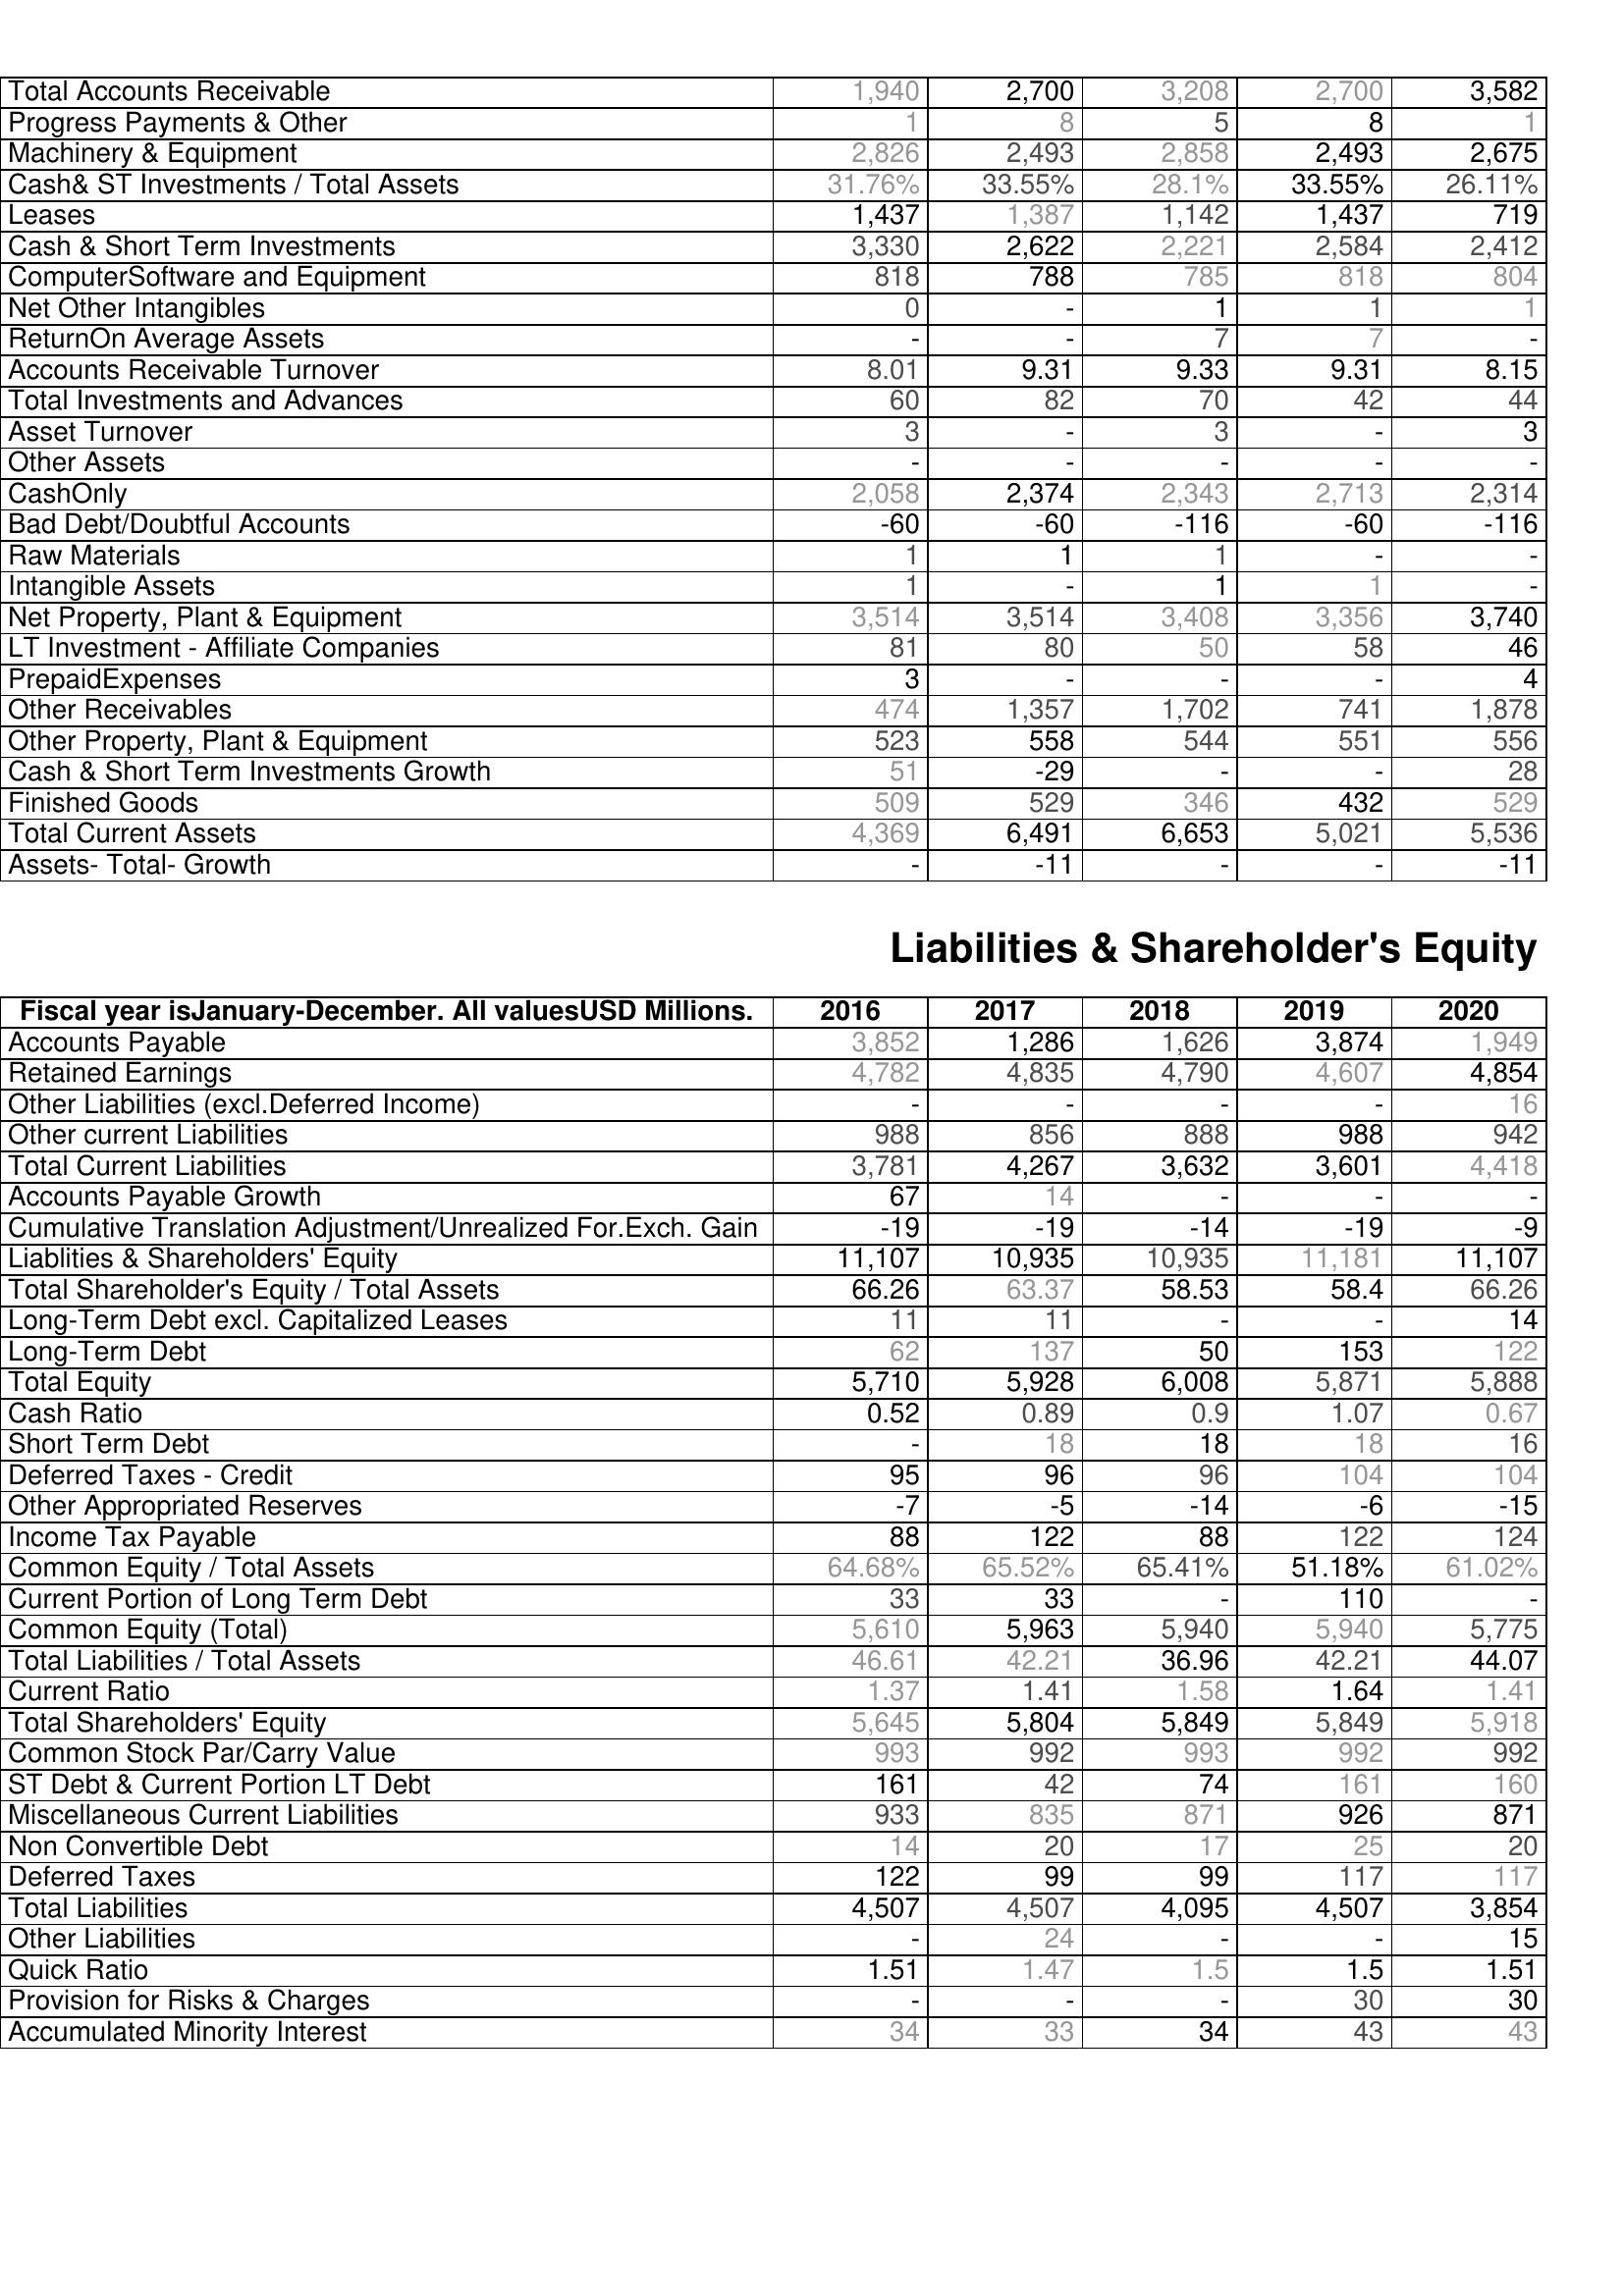
2016: Assets: Total Accounts Receivable: 1,940
Progress Payments & Other: 1
Machinery & Equipment: 2,826
Cash& ST Investments / Total Assets: 31.76%
Leases: 1,437
Cash & Short Term Investments: 3,330
ComputerSoftware and Equipment: 818
Net Other Intangibles: 0
ReturnOn Average Assets: -
Accounts Receivable Turnover: 8.01
Total Investments and Advances: 60
Asset Turnover: 3
Other Assets: -
CashOnly: 2,058
Bad Debt/Doubtful Accounts: -60
Raw Materials: 1
Intangible Assets: 1
Net Property, Plant & Equipment: 3,514
LT Investment - Affiliate Companies: 81
PrepaidExpenses: 3
Other Receivables: 474
Other Property, Plant & Equipment: 523
Cash & Short Term Investments Growth: 51
Finished Goods: 509
Total Current Assets: 4,369
Assets- Total- Growth: -
Liabilities & Shareholder's Equity: Accounts Payable: 3,852
Retained Earnings: 4,782
Other Liabilities (excl.Deferred Income): -
Other current Liabilities: 988
Total Current Liabilities: 3,781
Accounts Payable Growth: 67
Cumulative Translation Adjustment/Unrealized For.Exch. Gain: -19
Liablities & Shareholders' Equity: 11,107
Total Shareholder's Equity / Total Assets: 66.26
Long-Term Debt excl. Capitalized Leases: 11
Long-Term Debt: 62
Total Equity: 5,710
Cash Ratio: 0.52
Short Term Debt: -
Deferred Taxes - Credit: 95
Other Appropriated Reserves: -7
Income Tax Payable: 88
Common Equity / Total Assets: 64.68%
Current Portion of Long Term Debt: 33
Common Equity (Total): 5,610
Total Liabilities / Total Assets: 46.61
Current Ratio: 1.37
Total Shareholders' Equity: 5,645
Common Stock Par/Carry Value: 993
ST Debt & Current Portion LT Debt: 161
Miscellaneous Current Liabilities: 933
Non Convertible Debt: 14
Deferred Taxes: 122
Total Liabilities: 4,507
Other Liabilities: -
Quick Ratio: 1.51
Provision for Risks & Charges: -
Accumulated Minority Interest: 34
2017: Assets: Total Accounts Receivable: 2,700
Progress Payments & Other: 8
Machinery & Equipment: 2,493
Cash& ST Investments / Total Assets: 33.55%
Leases: 1,387
Cash & Short Term Investments: 2,622
ComputerSoftware and Equipment: 788
Net Other Intangibles: -
ReturnOn Average Assets: -
Accounts Receivable Turnover: 9.31
Total Investments and Advances: 82
Asset Turnover: -
Other Assets: -
CashOnly: 2,374
Bad Debt/Doubtful Accounts: -60
Raw Materials: 1
Intangible Assets: -
Net Property, Plant & Equipment: 3,514
LT Investment - Affiliate Companies: 80
PrepaidExpenses: -
Other Receivables: 1,357
Other Property, Plant & Equipment: 558
Cash & Short Term Investments Growth: -29
Finished Goods: 529
Total Current Assets: 6,491
Assets- Total- Growth: -11
Liabilities & Shareholder's Equity: Accounts Payable: 1,286
Retained Earnings: 4,835
Other Liabilities (excl.Deferred Income): -
Other current Liabilities: 856
Total Current Liabilities: 4,267
Accounts Payable Growth: 14
Cumulative Translation Adjustment/Unrealized For.Exch. Gain: -19
Liablities & Shareholders' Equity: 10,935
Total Shareholder's Equity / Total Assets: 63.37
Long-Term Debt excl. Capitalized Leases: 11
Long-Term Debt: 137
Total Equity: 5,928
Cash Ratio: 0.89
Short Term Debt: 18
Deferred Taxes - Credit: 96
Other Appropriated Reserves: -5
Income Tax Payable: 122
Common Equity / Total Assets: 65.52%
Current Portion of Long Term Debt: 33
Common Equity (Total): 5,963
Total Liabilities / Total Assets: 42.21
Current Ratio: 1.41
Total Shareholders' Equity: 5,804
Common Stock Par/Carry Value: 992
ST Debt & Current Portion LT Debt: 42
Miscellaneous Current Liabilities: 835
Non Convertible Debt: 20
Deferred Taxes: 99
Total Liabilities: 4,507
Other Liabilities: 24
Quick Ratio: 1.47
Provision for Risks & Charges: -
Accumulated Minority Interest: 33
2018: Assets: Total Accounts Receivable: 3,208
Progress Payments & Other: 5
Machinery & Equipment: 2,858
Cash& ST Investments / Total Assets: 28.1%
Leases: 1,142
Cash & Short Term Investments: 2,221
ComputerSoftware and Equipment: 785
Net Other Intangibles: 1
ReturnOn Average Assets: 7
Accounts Receivable Turnover: 9.33
Total Investments and Advances: 70
Asset Turnover: 3
Other Assets: -
CashOnly: 2,343
Bad Debt/Doubtful Accounts: -116
Raw Materials: 1
Intangible Assets: 1
Net Property, Plant & Equipment: 3,408
LT Investment - Affiliate Companies: 50
PrepaidExpenses: -
Other Receivables: 1,702
Other Property, Plant & Equipment: 544
Cash & Short Term Investments Growth: -
Finished Goods: 346
Total Current Assets: 6,653
Assets- Total- Growth: -
Liabilities & Shareholder's Equity: Accounts Payable: 1,626
Retained Earnings: 4,790
Other Liabilities (excl.Deferred Income): -
Other current Liabilities: 888
Total Current Liabilities: 3,632
Accounts Payable Growth: -
Cumulative Translation Adjustment/Unrealized For.Exch. Gain: -14
Liablities & Shareholders' Equity: 10,935
Total Shareholder's Equity / Total Assets: 58.53
Long-Term Debt excl. Capitalized Leases: -
Long-Term Debt: 50
Total Equity: 6,008
Cash Ratio: 0.9
Short Term Debt: 18
Deferred Taxes - Credit: 96
Other Appropriated Reserves: -14
Income Tax Payable: 88
Common Equity / Total Assets: 65.41%
Current Portion of Long Term Debt: -
Common Equity (Total): 5,940
Total Liabilities / Total Assets: 36.96
Current Ratio: 1.58
Total Shareholders' Equity: 5,849
Common Stock Par/Carry Value: 993
ST Debt & Current Portion LT Debt: 74
Miscellaneous Current Liabilities: 871
Non Convertible Debt: 17
Deferred Taxes: 99
Total Liabilities: 4,095
Other Liabilities: -
Quick Ratio: 1.5
Provision for Risks & Charges: -
Accumulated Minority Interest: 34
2019: Assets: Total Accounts Receivable: 2,700
Progress Payments & Other: 8
Machinery & Equipment: 2,493
Cash& ST Investments / Total Assets: 33.55%
Leases: 1,437
Cash & Short Term Investments: 2,584
ComputerSoftware and Equipment: 818
Net Other Intangibles: 1
ReturnOn Average Assets: 7
Accounts Receivable Turnover: 9.31
Total Investments and Advances: 42
Asset Turnover: -
Other Assets: -
CashOnly: 2,713
Bad Debt/Doubtful Accounts: -60
Raw Materials: -
Intangible Assets: 1
Net Property, Plant & Equipment: 3,356
LT Investment - Affiliate Companies: 58
PrepaidExpenses: -
Other Receivables: 741
Other Property, Plant & Equipment: 551
Cash & Short Term Investments Growth: -
Finished Goods: 432
Total Current Assets: 5,021
Assets- Total- Growth: -
Liabilities & Shareholder's Equity: Accounts Payable: 3,874
Retained Earnings: 4,607
Other Liabilities (excl.Deferred Income): -
Other current Liabilities: 988
Total Current Liabilities: 3,601
Accounts Payable Growth: -
Cumulative Translation Adjustment/Unrealized For.Exch. Gain: -19
Liablities & Shareholders' Equity: 11,181
Total Shareholder's Equity / Total Assets: 58.4
Long-Term Debt excl. Capitalized Leases: -
Long-Term Debt: 153
Total Equity: 5,871
Cash Ratio: 1.07
Short Term Debt: 18
Deferred Taxes - Credit: 104
Other Appropriated Reserves: -6
Income Tax Payable: 122
Common Equity / Total Assets: 51.18%
Current Portion of Long Term Debt: 110
Common Equity (Total): 5,940
Total Liabilities / Total Assets: 42.21
Current Ratio: 1.64
Total Shareholders' Equity: 5,849
Common Stock Par/Carry Value: 992
ST Debt & Current Portion LT Debt: 161
Miscellaneous Current Liabilities: 926
Non Convertible Debt: 25
Deferred Taxes: 117
Total Liabilities: 4,507
Other Liabilities: -
Quick Ratio: 1.5
Provision for Risks & Charges: 30
Accumulated Minority Interest: 43
2020: Assets: Total Accounts Receivable: 3,582
Progress Payments & Other: 1
Machinery & Equipment: 2,675
Cash& ST Investments / Total Assets: 26.11%
Leases: 719
Cash & Short Term Investments: 2,412
ComputerSoftware and Equipment: 804
Net Other Intangibles: 1
ReturnOn Average Assets: -
Accounts Receivable Turnover: 8.15
Total Investments and Advances: 44
Asset Turnover: 3
Other Assets: -
CashOnly: 2,314
Bad Debt/Doubtful Accounts: -116
Raw Materials: -
Intangible Assets: -
Net Property, Plant & Equipment: 3,740
LT Investment - Affiliate Companies: 46
PrepaidExpenses: 4
Other Receivables: 1,878
Other Property, Plant & Equipment: 556
Cash & Short Term Investments Growth: 28
Finished Goods: 529
Total Current Assets: 5,536
Assets- Total- Growth: -11
Liabilities & Shareholder's Equity: Accounts Payable: 1,949
Retained Earnings: 4,854
Other Liabilities (excl.Deferred Income): 16
Other current Liabilities: 942
Total Current Liabilities: 4,418
Accounts Payable Growth: -
Cumulative Translation Adjustment/Unrealized For.Exch. Gain: -9
Liablities & Shareholders' Equity: 11,107
Total Shareholder's Equity / Total Assets: 66.26
Long-Term Debt excl. Capitalized Leases: 14
Long-Term Debt: 122
Total Equity: 5,888
Cash Ratio: 0.67
Short Term Debt: 16
Deferred Taxes - Credit: 104
Other Appropriated Reserves: -15
Income Tax Payable: 124
Common Equity / Total Assets: 61.02%
Current Portion of Long Term Debt: -
Common Equity (Total): 5,775
Total Liabilities / Total Assets: 44.07
Current Ratio: 1.41
Total Shareholders' Equity: 5,918
Common Stock Par/Carry Value: 992
ST Debt & Current Portion LT Debt: 160
Miscellaneous Current Liabilities: 871
Non Convertible Debt: 20
Deferred Taxes: 117
Total Liabilities: 3,854
Other Liabilities: 15
Quick Ratio: 1.51
Provision for Risks & Charges: 30
Accumulated Minority Interest: 43